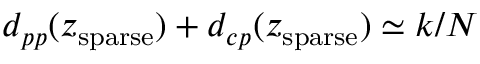
d _ { p p } ( z _ { \mathrm { s p a r s e } } ) + d _ { c p } ( z _ { \mathrm { s p a r s e } } ) \simeq k / N